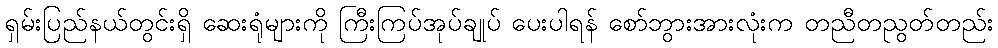
ရှမ်းပြည်နယ်တွင်းရှိ ဆေးရုံများကို ကြီးကြပ်အုပ်ချုပ် ပေးပါရန် စော်ဘွားအားလုံးက တညီတညွတ်တည်း